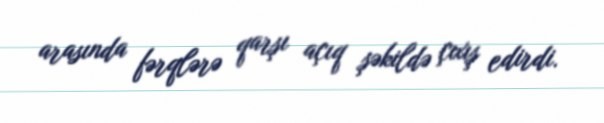
arasında fərqlərə qarşı açıq şəkildə çıxış edirdi.